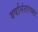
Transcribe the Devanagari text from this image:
वर्षानंतरच्या